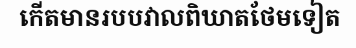
កើតមានរបបវាលពិឃាតថែមទៀត